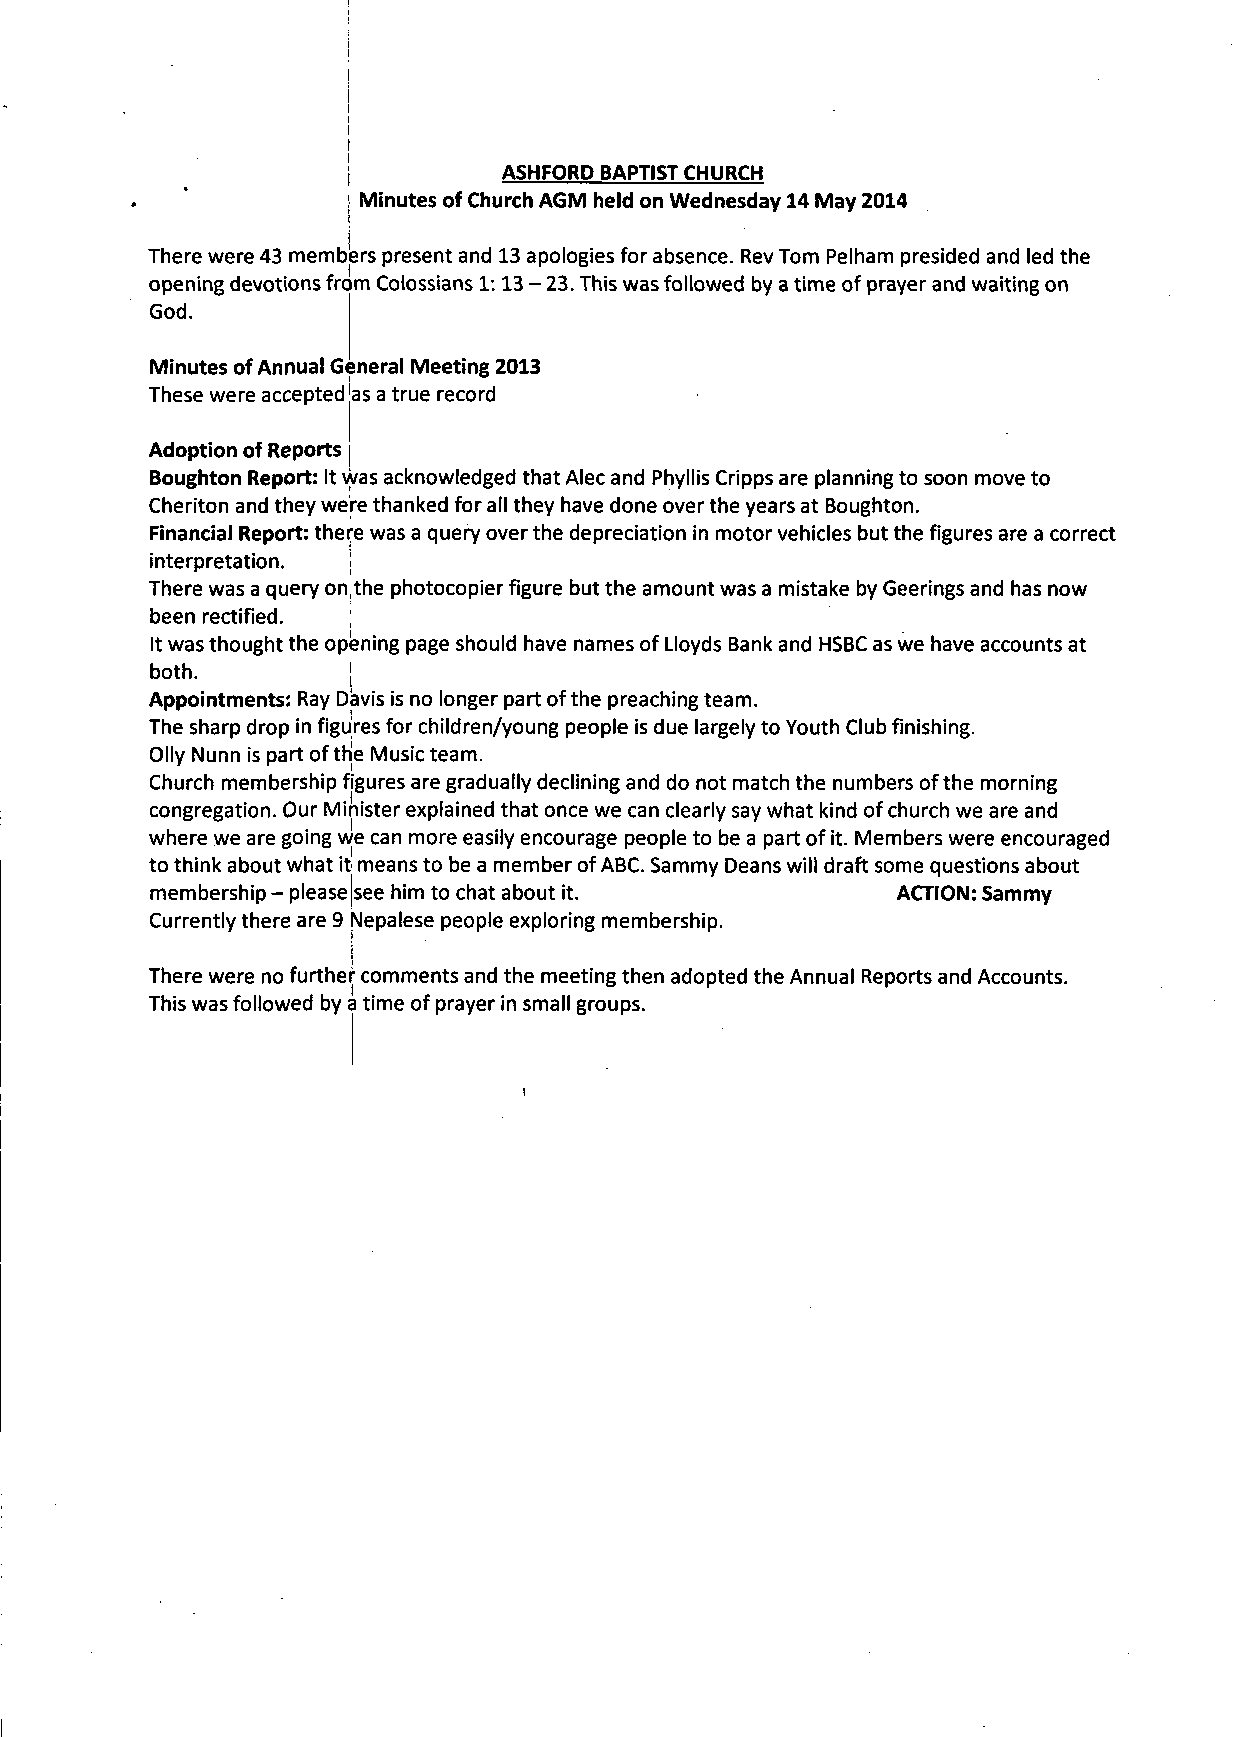
I
 i
 I
 I
 I
 I
 j         ASHFORD BAPTIST CHURCH
 ! Minutes of Church AGM held on Wednesday 14 May 2014
 i
 i
 There were 43 members present and 13 apologies for absence. Rev Tom Pelham presided and led the
 opening devotions from Colossians 1:13 - 23. This was followed by a time of prayer and waiting on
 God.
 Minutes of Annual General Meeting 2013
 These were accepted as a true record
 Adoption of Reports
 Boughton Report: It was acknowledged that Alec and Phyllis Cripps are planning to soon move to
 Cheriton and they were thanked for all they have done over the years at Boughton.
 Financial Report: there was a query over the depreciation in motor vehicles but the figures are a correct
 interpretation. j
 There was a query on,the photocopier figure but the amount was a mistake by Geerings and has now
 been rectified.
 It was thought the opening page should have names of Lloyds Bank and HSBC as we have accounts at
 both.        j
 Appointments: Ray Davis is no longer part of the preaching team.
 The sharp drop in figures for children/young people is due largely to Youth Club finishing.
 Oily Nunn is part of the Music team.
 Church membership figures are gradually declining and do not match the numbers of the morning
 congregation. Our Minister explained that once we can clearly say what kind of church we are and
 where we are going we can more easily encourage people to be a part of it. Members were encouraged
 to think about what it means to be a member of ABC. Sammy Deans will draft some questions about
 membership - please|see him to chat about it.     ACTION: Sammy
 Currently there are 9 Nepalese people exploring membership.
 There were no further comments and the meeting then adopted the Annual Reports and Accounts.
 This was followed by a time of prayer in small groups.
 i